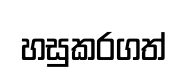
හසුකරගත්